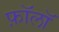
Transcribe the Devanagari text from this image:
फ़ॉलॉ